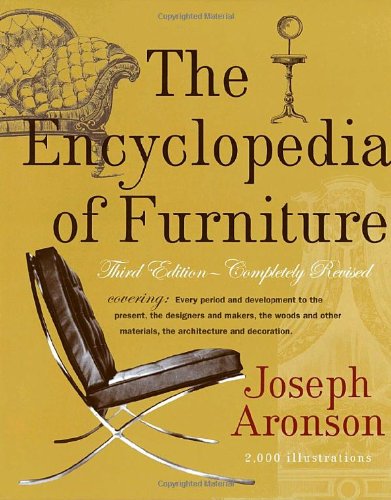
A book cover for The Encyclopedia of Furniture: Third Edition - Completely Revised; Joseph Aronson; Crafts, Hobbies & Home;